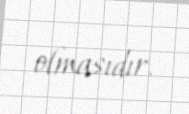
olmasıdır.